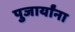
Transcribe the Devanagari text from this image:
पुजार्यांना